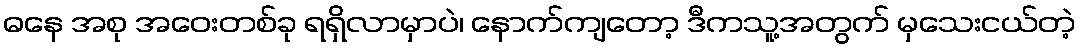
ဓနေ အစု အဝေးတစ်ခု ရရှိလာမှာပဲ၊ နောက်ကျတော့ ဒီကသူ့အတွက် မှသေးငယ်တဲ့